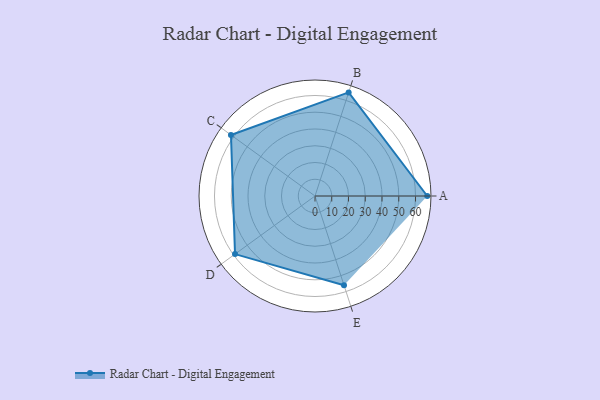
{"axis": {"x": "Skill", "y": "Score"}, "legend": ["Profile"], "data": [{"x": "A", "y": 67.0, "type": "Profile"}, {"x": "B", "y": 65.0, "type": "Profile"}, {"x": "C", "y": 62.0, "type": "Profile"}, {"x": "D", "y": 59.0, "type": "Profile"}, {"x": "E", "y": 56.0, "type": "Profile"}]}